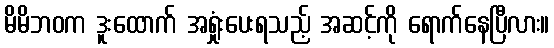
မိမိဘဝက ဒူးထောက် အရှုံးပေးရသည့် အဆင့်ကို ရောက်နေပြီလား။